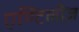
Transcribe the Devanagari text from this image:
एण्टिलीज़